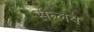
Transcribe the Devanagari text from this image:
सन्लय